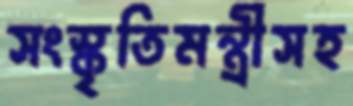
সংস্কৃতিমন্ত্রীসহ